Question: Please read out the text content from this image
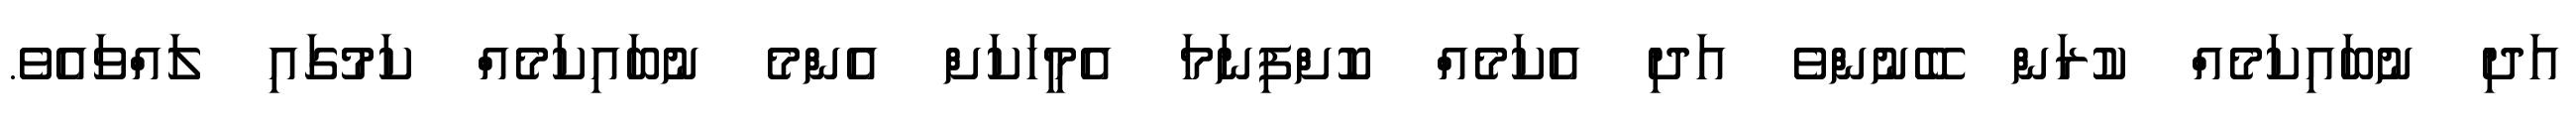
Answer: އަދި ނުބައިކަމެއް ކުރަން ބޭނުންވެ އަދި އެކަމެއް ކޮށްފިނަމަ އެމީހަކަށް އެންމެ ނުބައިކަމެއް ކަމުގައި ލައްވައެވެ.